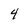
Character: 4